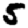
Digit: 5